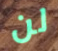
لن